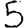
Digit: 5